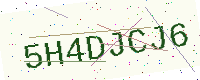
Text: 5H4DJCJ6